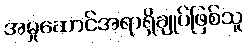
အမှုဆောင်အရာရှိချုပ်ဖြစ်သူ